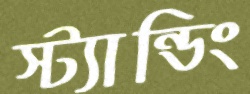
স্ট্যান্ডিং